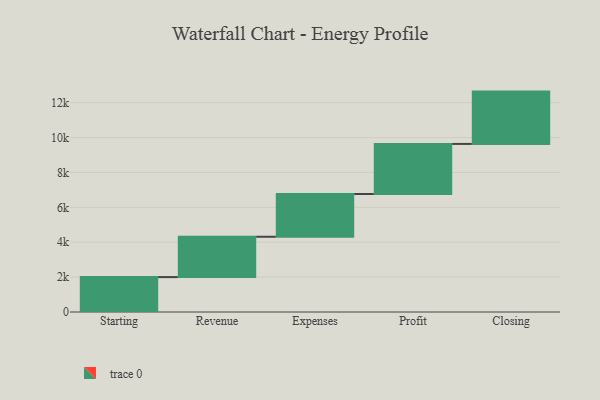
{"axis": {"x": "Step", "y": "Value"}, "legend": [""], "data": [{"x": "Starting", "y": 2002.0, "type": ""}, {"x": "Revenue", "y": 2312.0, "type": ""}, {"x": "Expenses", "y": 2450.0, "type": ""}, {"x": "Profit", "y": 2871.0, "type": ""}, {"x": "Closing", "y": 3000, "type": ""}]}